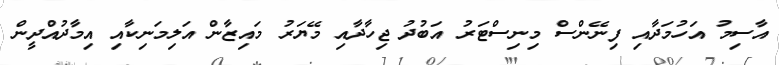
އާސިމު އަހުމަދާއި ފިނޭންސް މިނިސްޓަރު އަބުދު ޖިހާދާއި މޭޔަރު މައިޒާން އަލިމަނިކާއި އިމާދުއްދީން